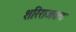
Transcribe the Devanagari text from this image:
शरिराजवळ